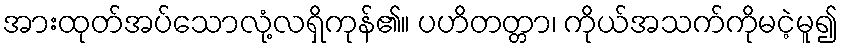
အားထုတ်အပ်သောလုံ့လရှိကုန်၏။ ပဟိတတ္တာ၊ ကိုယ်အသက်ကိုမငဲ့မူ၍